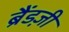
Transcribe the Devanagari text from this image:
ब्रैंडज़ी